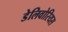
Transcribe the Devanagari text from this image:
डेलिवोरियस